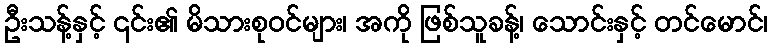
ဦးသန့်နှင့် ၎င်း၏ မိသားစုဝင်များ၊ အကို ဖြစ်သူခန့်၊ သောင်းနှင့် တင်မောင်၊